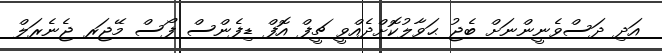
އަދި ދަސްވެނީންނަށް ބެޖު ޙަވާލުކޮށްދެއްވީ ޗީފް އޮފް ޑިފެންސް ފޯސް މޭޖަރ ޖެނެރަލް